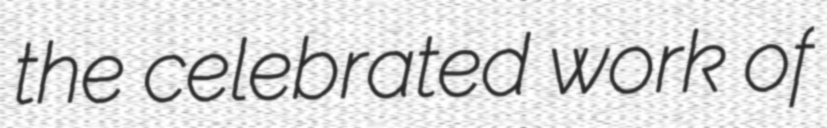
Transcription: the celebrated work of